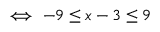
\iff - 9 \leq x - 3 \leq 9